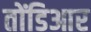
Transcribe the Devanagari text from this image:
तोंडिआर